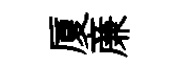
厦亷